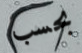
بحسب